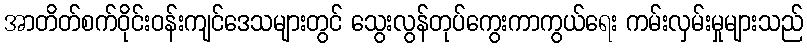
အာတိတ်စက်ဝိုင်းဝန်းကျင်ဒေသများတွင် သွေးလွန်တုပ်ကွေးကာကွယ်ရေး ကမ်းလှမ်းမှုများသည်